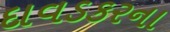
દાવડકરના